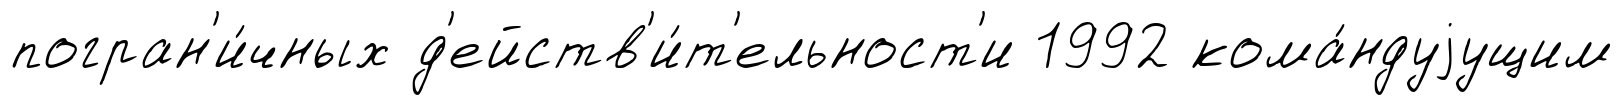
погран'и́чных д'ейств'и́т'ельност'и 1992 кома́ндуjущим